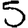
Digit: 5